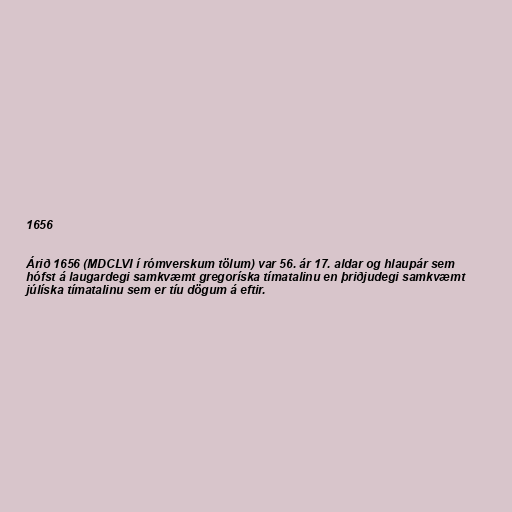
1656

Árið 1656 (MDCLVI í rómverskum tölum) var 56. ár 17. aldar og hlaupár sem
hófst á laugardegi samkvæmt gregoríska tímatalinu en þriðjudegi samkvæmt
júlíska tímatalinu sem er tíu dögum á eftir.